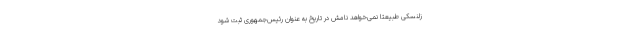
زلنسکی طبیعتا نمی‌خواهد نامش در تاریخ به عنوان رئیس‌جمهوری ثبت شود